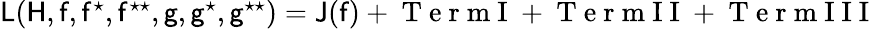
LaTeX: \begin{array}{r}{\mathsf{L}(\mathsf{H},\mathsf{f},\mathsf{f}^{\star},\mathsf{f}^{\star\star},\mathsf{g},\mathsf{g}^{\star},\mathsf{g}^{\star\star})=\mathsf{J}(\mathsf{f})+\mathrm{~T~e~r~m~I~}+\mathrm{~T~e~r~m~I~I~}+\mathrm{~T~e~r~m~I~I~I~}}\end{array}